Emmaste_vallavalitsus, lk 3
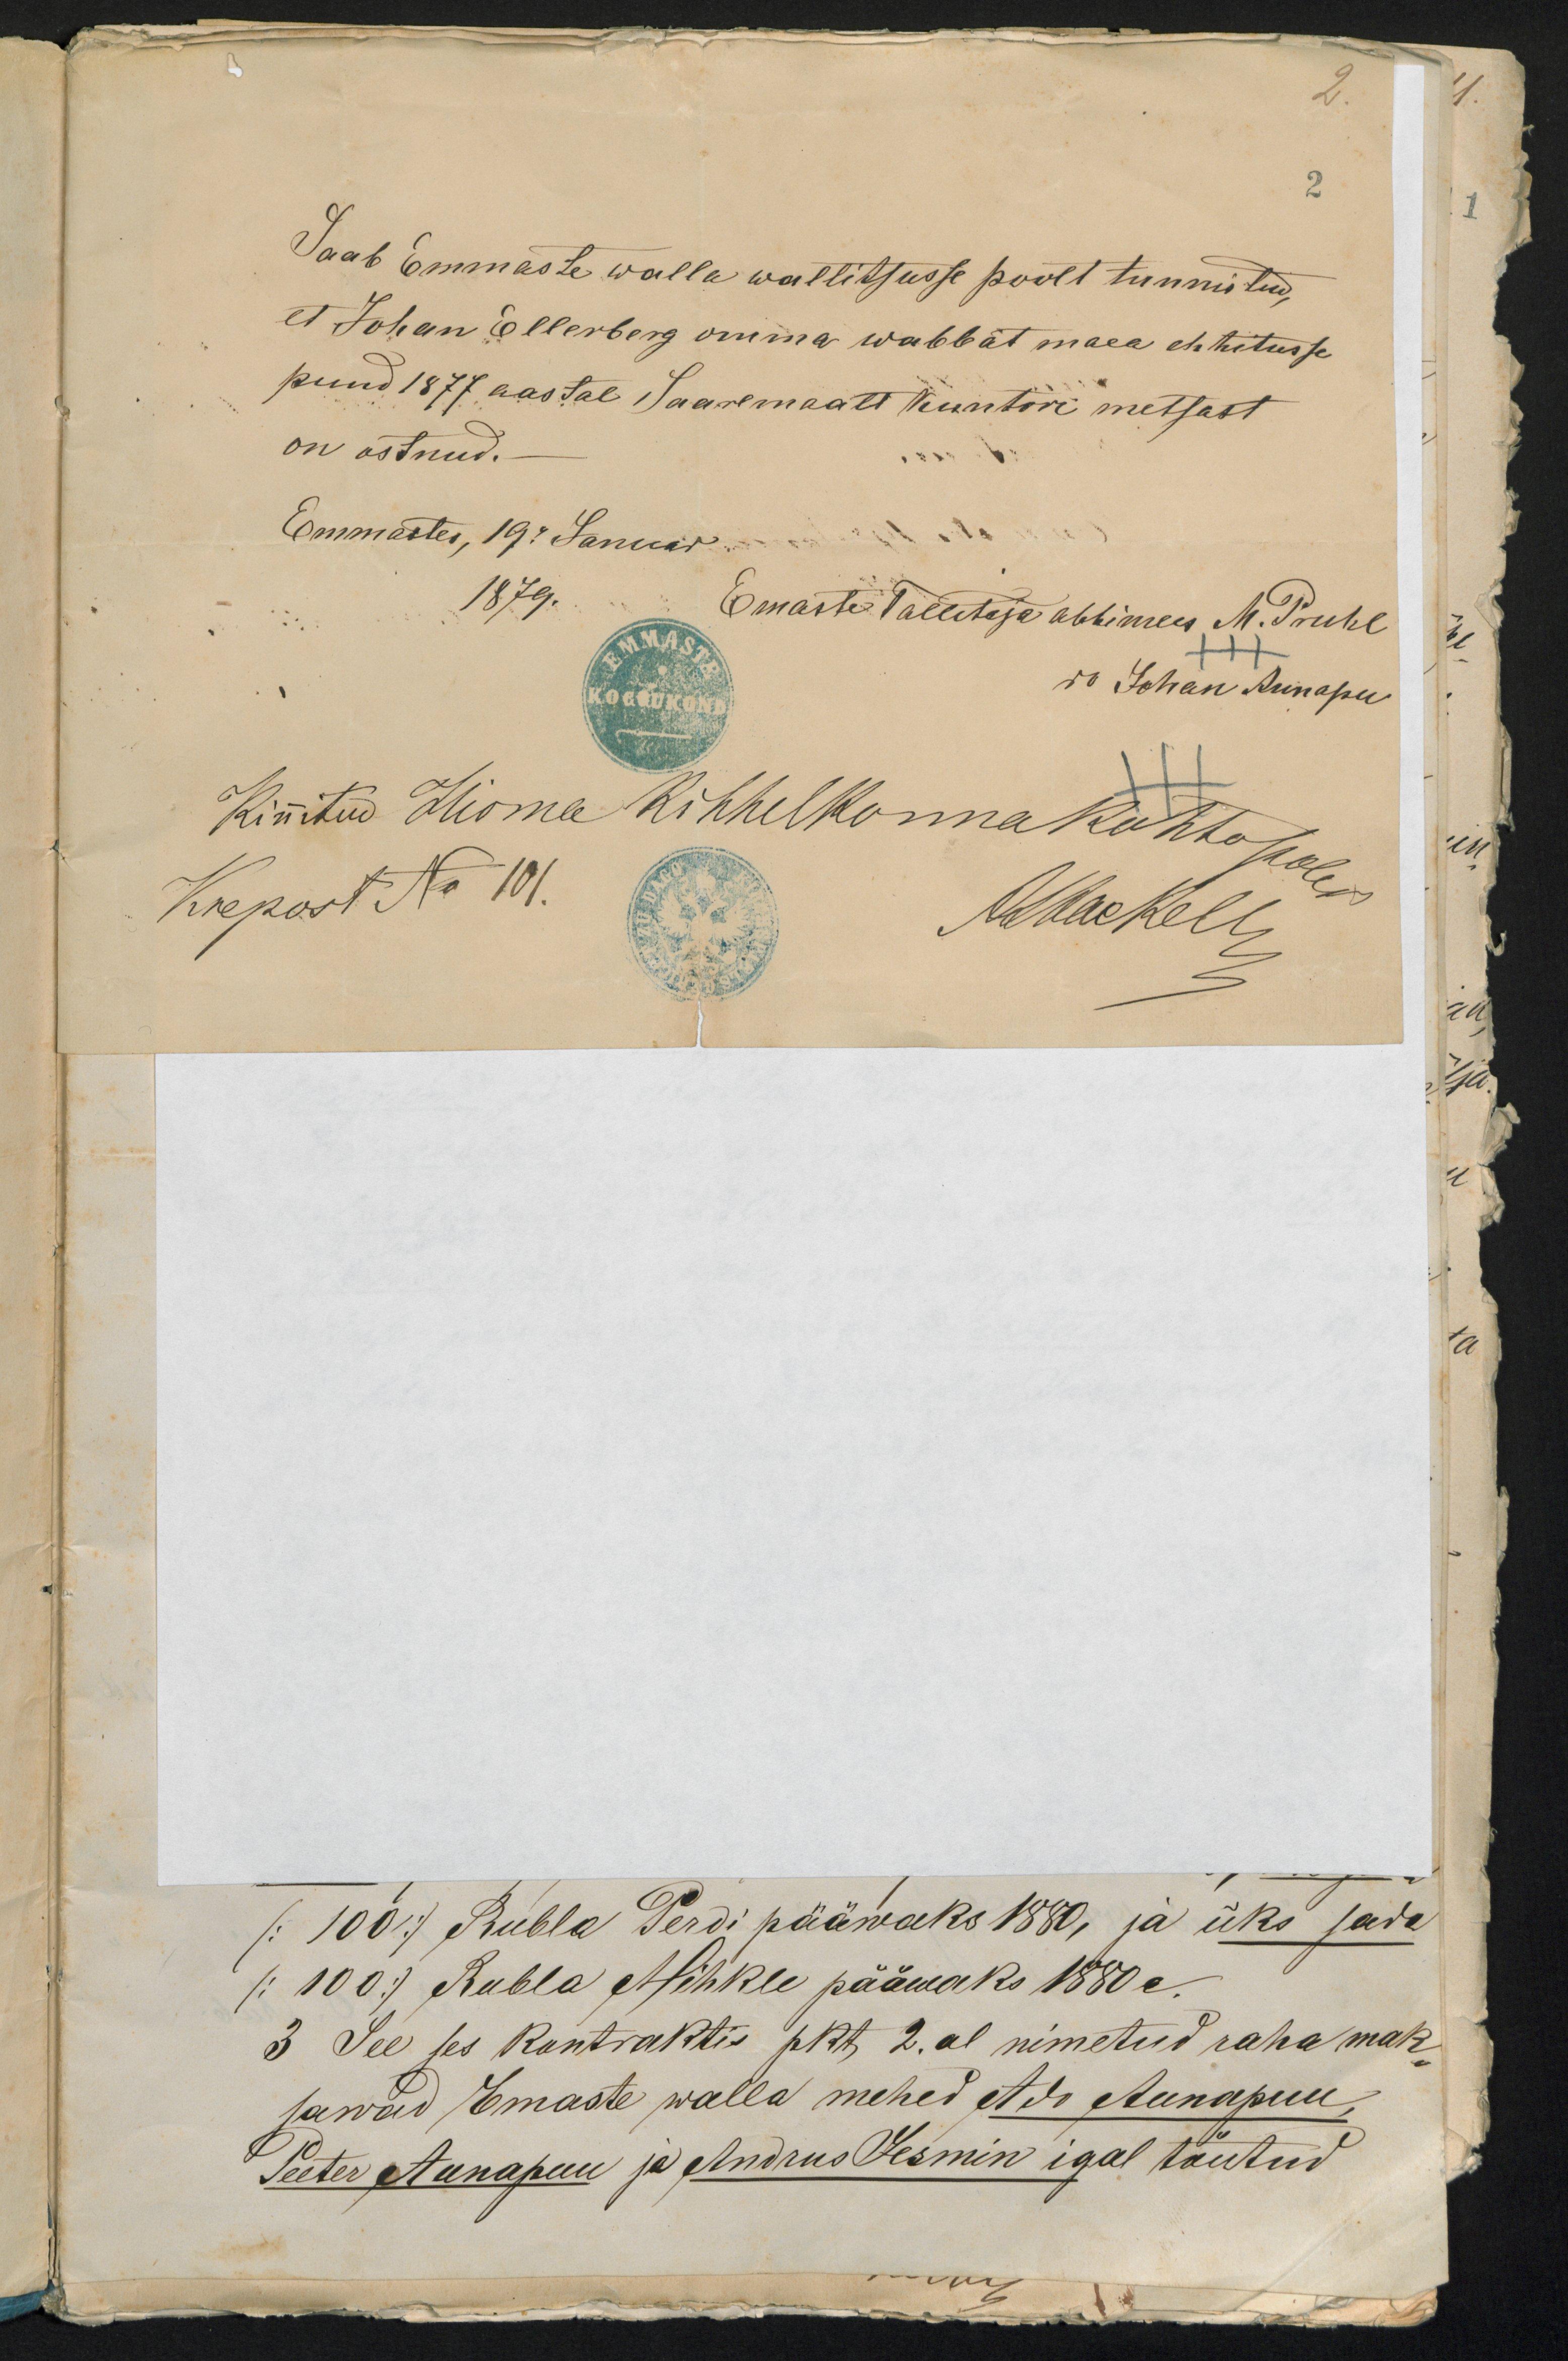
2.
2
Saab Emmaste walla wallitsusse poolt tunnistud,
et Johan Ellerberg omma wabbat maa ehhitusse
puud 1877 aastal Saaremaalt kuntori metsast
on ostnud. -
Emmastes, 19. Januar
1879.
Emaste Tallitaja abbimees M. Pruhl
+++
do Johan Aunapu
Kinnitud Hioma Kihhelkonna Kohto poled
Krepost No 101.
AStackelberg